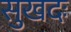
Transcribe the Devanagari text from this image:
सुखदः